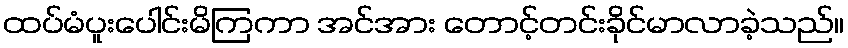
ထပ်မံပူးပေါင်းမိကြကာ အင်အား တောင့်တင်းခိုင်မာလာခဲ့သည်။